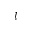
l